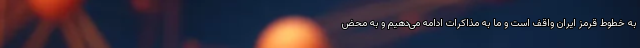
به خطوط قرمز ایران واقف است و ما به مذاکرات ادامه می‌دهیم و به محض